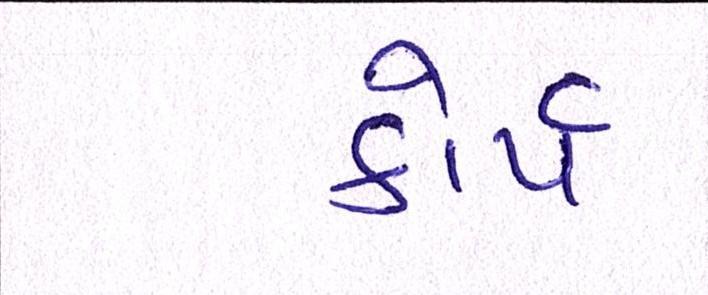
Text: કોર્પ